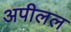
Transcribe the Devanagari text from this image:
अपीलल